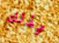
بذلك